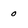
Character: 0